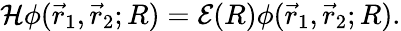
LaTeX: \mathcal{H}\phi(\vec{r}_{1},\vec{r}_{2};R)=\mathcal{E}(R)\phi(\vec{r}_{1},\vec{r}_{2};R).